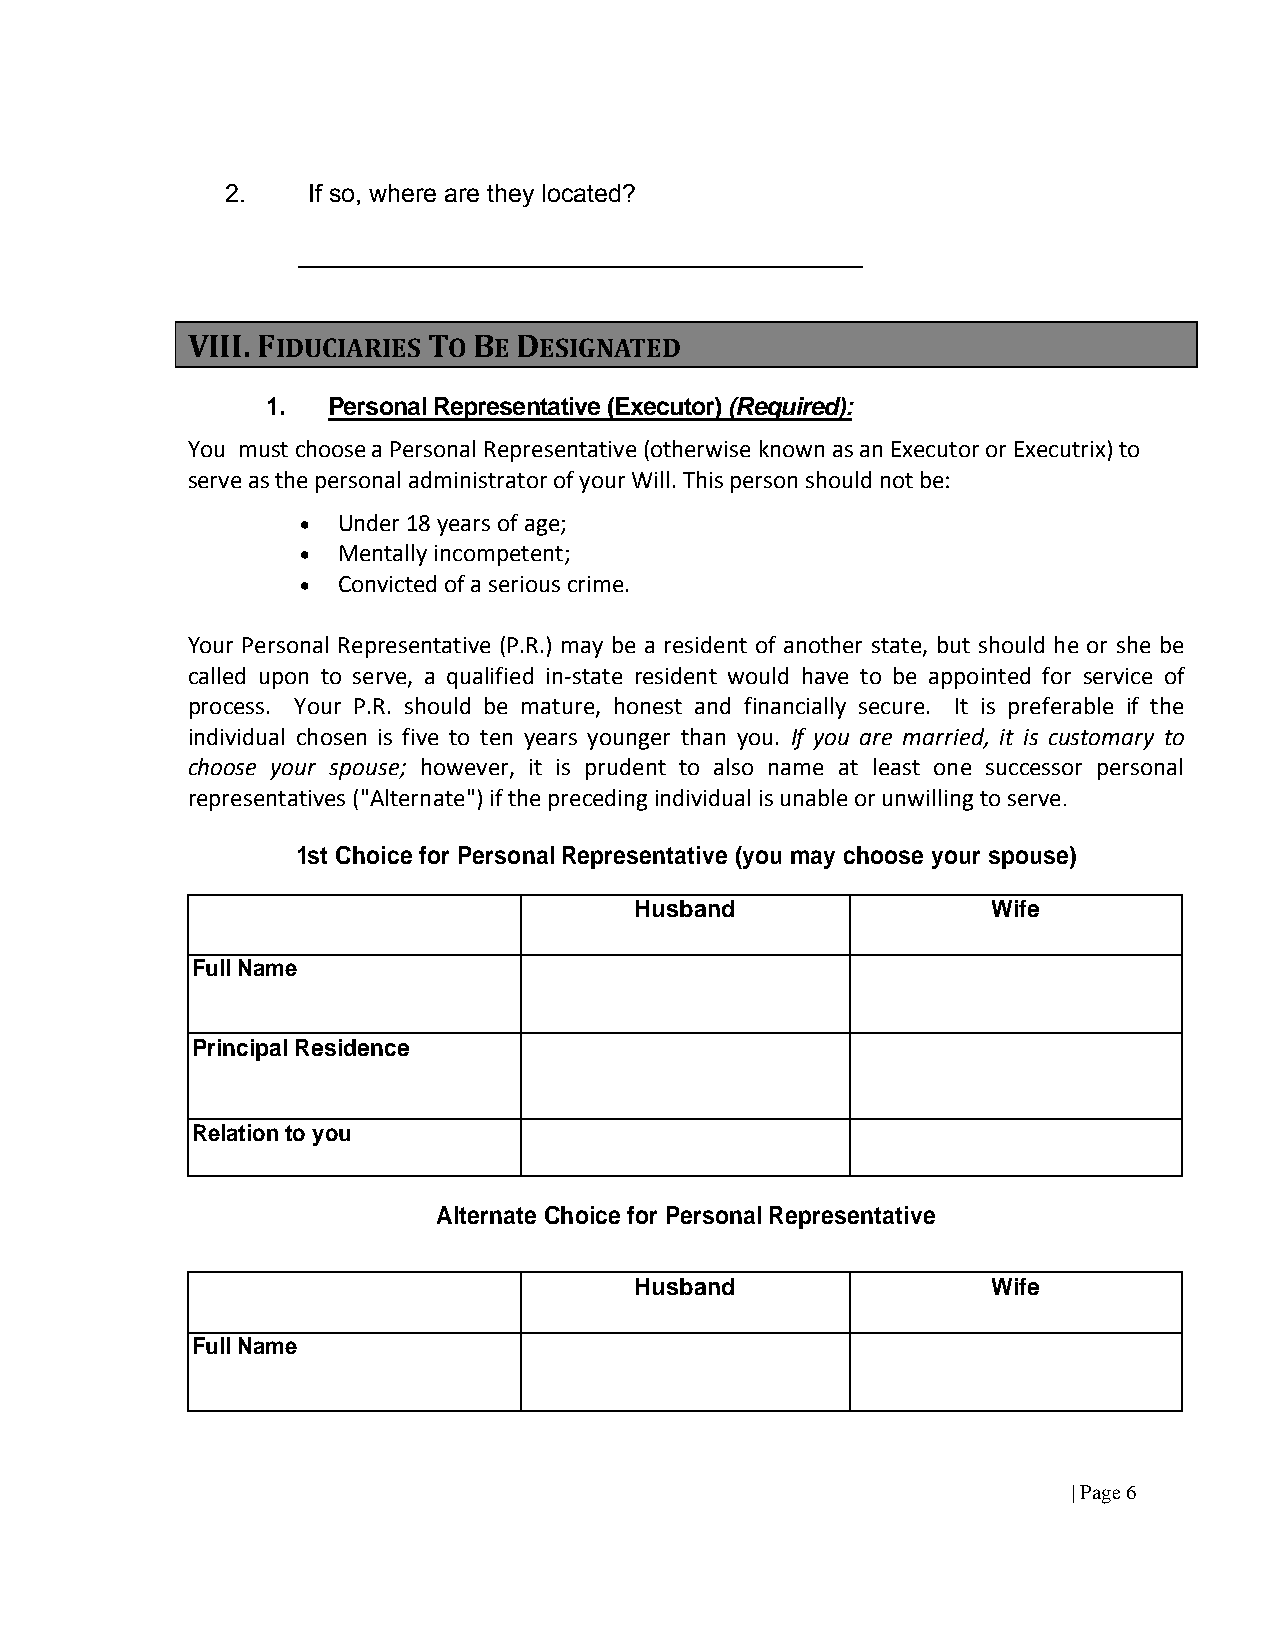
2.   If so, where are they located?
 VIII. FIDUCIARIES TO BE DESIGNATED
 1.  Personal Representative (Executor) (Required):
 You must choose a Personal Representative (otherwise known as an Executor or Executrix) to
 serve as the personal administrator of your Will. This person should not be:
  Under 18 years of age;
  Mentally incompetent;
  Convicted of a serious crime.
 Your Personal Representative (P.R.) may be a resident of another state, but should he or she be
 called upon to serve, a qualified in-state resident would have to be appointed for service of
 process. Your P.R. should be mature, honest and financially secure. It is preferable if the
 individual chosen is five to ten years younger than you. If you are married, it is customary to
 choose your spouse; however, it is prudent to also name at least one successor personal
 representatives ("Alternate") if the preceding individual is unable or unwilling to serve.
 1st Choice for Personal Representative (you may choose your spouse)
 Husband                 Wife
 Full Name
 Principal Residence
 Relation to you
 Alternate Choice for Personal Representative
 Husband                 Wife
 Full Name
 | Page 6